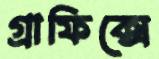
গ্রাফিক্সে